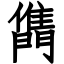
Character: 𨶊